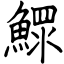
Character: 鰥